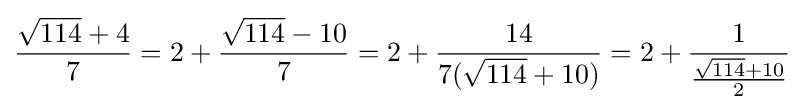
{\frac {{\sqrt {114}}+4}{7}}=2+{\frac {{\sqrt {114}}-10}{7}}=2+{\frac {14}{7({\sqrt {114}}+10)}}=2+{\frac {1}{\frac {{\sqrt {114}}+10}{2}}}